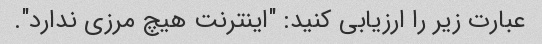
عبارت زیر را ارزیابی کنید: "اینترنت هیچ مرزی ندارد".